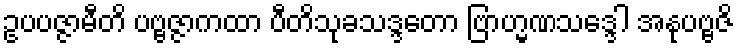
ဥပပဇ္ဇာမီတိ ပဗ္ဗဇ္ဇာကထာ ပီတိသုခသဒ္ဒတော ဗြာဟ္မဏသဒ္ဒေါ အနုပဗ္ဗဇိ